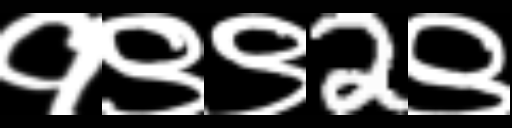
Text: १९९2९